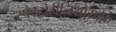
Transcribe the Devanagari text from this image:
स्पेक्ट्रोहीलियोग्राफ़